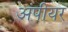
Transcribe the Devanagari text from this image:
अंपीयर